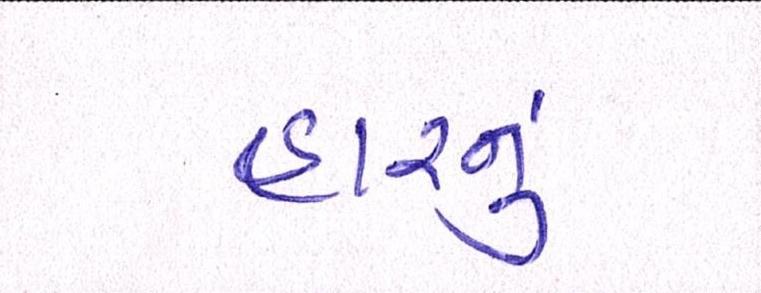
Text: હારનું